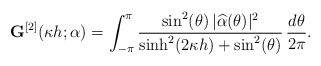
\begin{align*}\mathbf G^{[2]}(\kappa h;\alpha) = \int_{-\pi}^{\pi} \frac{\sin^2(\theta)\, |\widehat{\alpha}(\theta)|^2}{\sinh^2(2\kappa h) + \sin^2(\theta)}\,\frac{d\theta}{2\pi}.\end{align*}